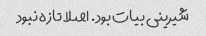
شیرینی بیات بود. اصلا تازه نبود